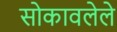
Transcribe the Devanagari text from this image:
सोकावलेले